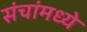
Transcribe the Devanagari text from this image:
संचांमध्ये